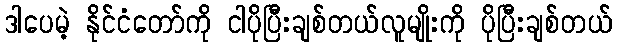
ဒါပေမဲ့ နိုင်ငံတော်ကို ငါပိုပြီးချစ်တယ်လူမျိုးကို ပိုပြီးချစ်တယ်